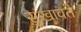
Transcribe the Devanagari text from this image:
सुखावते